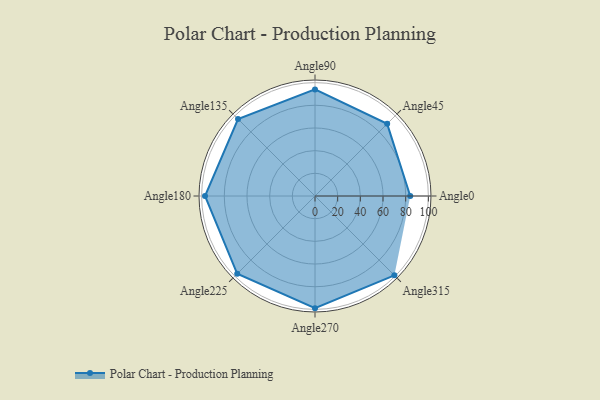
{"axis": {"x": "Angle", "y": "Radius"}, "legend": [""], "data": [{"x": "Angle0", "y": 84.0, "type": ""}, {"x": "Angle45", "y": 90.0, "type": ""}, {"x": "Angle90", "y": 94.0, "type": ""}, {"x": "Angle135", "y": 96.0, "type": ""}, {"x": "Angle180", "y": 97.0, "type": ""}, {"x": "Angle225", "y": 97.0, "type": ""}, {"x": "Angle270", "y": 99.0, "type": ""}, {"x": "Angle315", "y": 99.0, "type": ""}]}